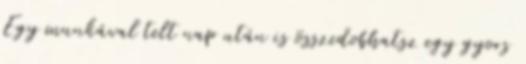
Egy munkával telt nap után is összedobhatsz egy gyors